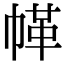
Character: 𢃲